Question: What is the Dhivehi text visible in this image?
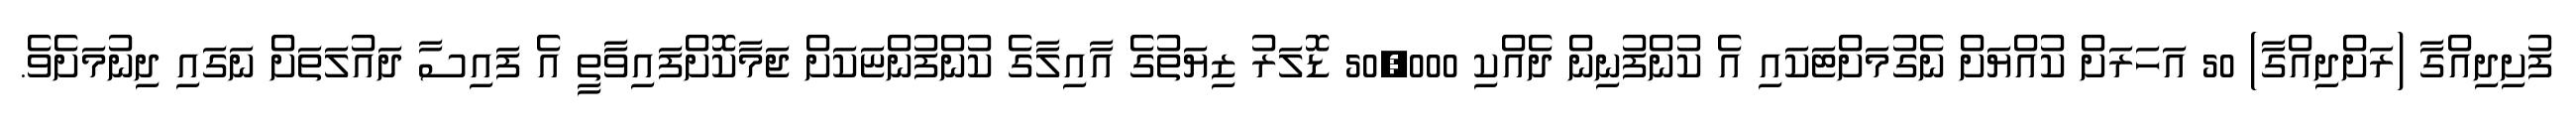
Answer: ފުށިދިއްގާ (ރަށްދިއްގާ) 50 އަހަރަށް ކުއްޔަށް ނެގުމަށްޓަކައި އެ ކުންފުނިން ދެއްކި 50,000 ޑޮލަރު ޒިޔަތުގެ އާއިލާގެ ކުންފުންޏަކަށް ޖަމާކޮށްފައިވާތީ އެ ފައިސާ ދައުލަތަށް ނަގައި ދިނުމަށެވެ.